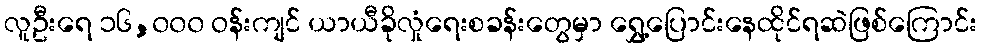
လူဦးရေ ၁၆,၀၀၀ ဝန်းကျင် ယာယီခိုလှုံရေးစခန်းတွေမှာ ရွှေ့ပြောင်းနေထိုင်ရဆဲဖြစ်ကြောင်း